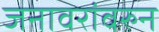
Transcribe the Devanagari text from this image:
जनावरांवरुन